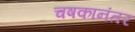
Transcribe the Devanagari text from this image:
चषकानंतर